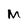
Character: M